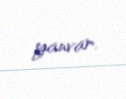
yanvar.